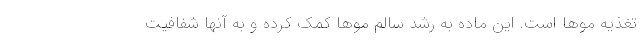
تغذیه موها است. این ماده به رشد سالم موها کمک کرده و به آنها شفافیت